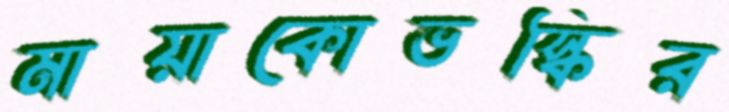
মায়াকোভস্কির